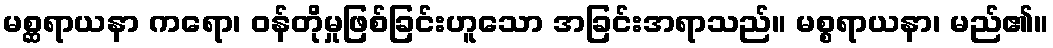
မစ္ဆရာယနာ ကရော၊ ဝန်တိုမှုဖြစ်ခြင်းဟူသော အခြင်းအရာသည်။ မစ္စရာယနာ၊ မည်၏။